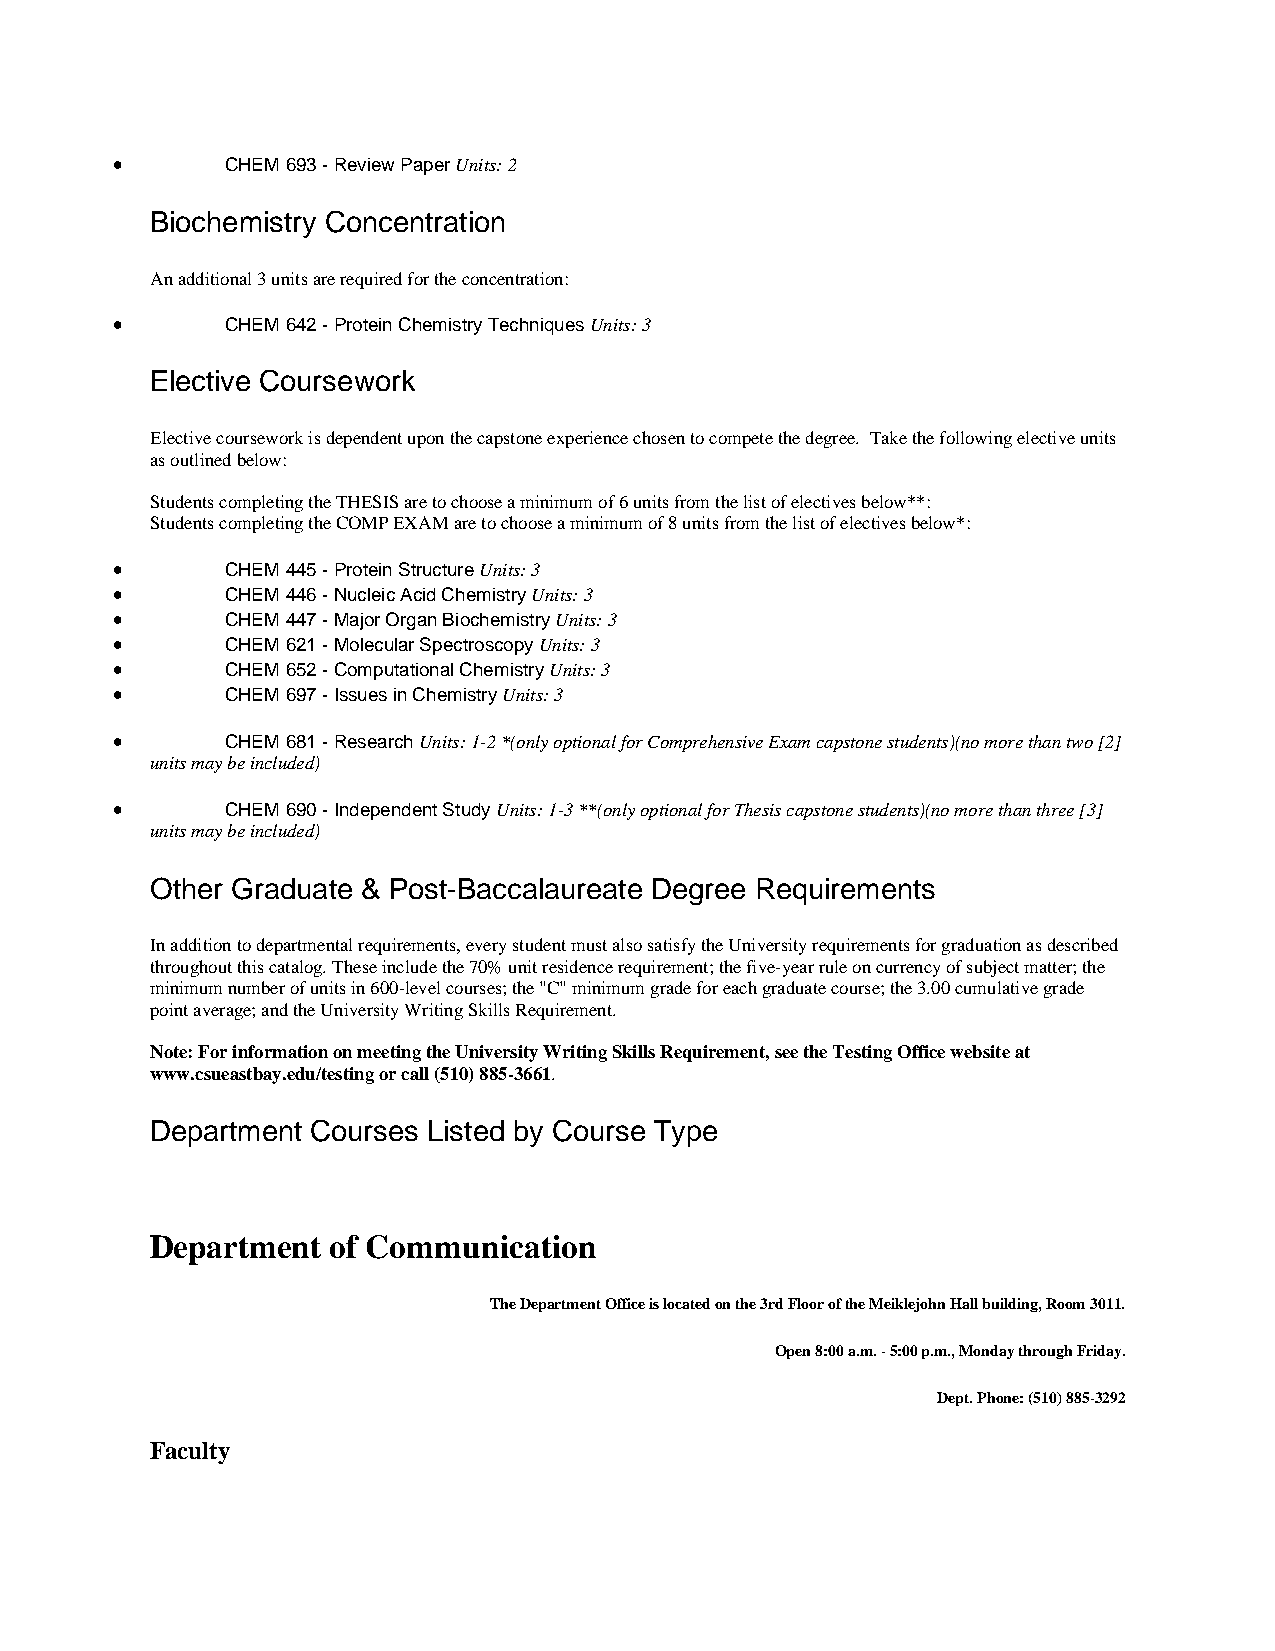
•       CHEM 693 - Review Paper Units: 2
 Biochemistry Concentration
 An additional 3 units are required for the concentration:
 •       CHEM 642 - Protein Chemistry Techniques Units: 3
 Elective Coursework
 Elective coursework is dependent upon the capstone experience chosen to compete the degree. Take the following elective units
 as outlined below:
 Students completing the THESIS are to choose a minimum of 6 units from the list of electives below**:
 Students completing the COMP EXAM are to choose a minimum of 8 units from the list of electives below*:
 •       CHEM 445 - Protein Structure Units: 3
 •       CHEM 446 - Nucleic Acid Chemistry Units: 3
 •       CHEM 447 - Major Organ Biochemistry Units: 3
 •       CHEM 621 - Molecular Spectroscopy Units: 3
 •       CHEM 652 - Computational Chemistry Units: 3
 •       CHEM 697 - Issues in Chemistry Units: 3
 •       CHEM 681 - Research Units: 1-2 *(only optional for Comprehensive Exam capstone students)(no more than two [2]
 units may be included)
 •       CHEM 690 - Independent Study Units: 1-3 **(only optional for Thesis capstone students)(no more than three [3]
 units may be included)
 Other Graduate & Post-Baccalaureate Degree Requirements
 In addition to departmental requirements, every student must also satisfy the University requirements for graduation as described
 throughout this catalog. These include the 70% unit residence requirement; the five-year rule on currency of subject matter; the
 minimum number of units in 600-level courses; the "C" minimum grade for each graduate course; the 3.00 cumulative grade
 point average; and the University Writing Skills Requirement.
 Note: For information on meeting the University Writing Skills Requirement, see the Testing Office website at
 www.csueastbay.edu/testing or call (510) 885-3661.
 Department Courses Listed by Course Type
 Department  of Communication
 The Department Office is located on the 3rd Floor of the Meiklejohn Hall building, Room 3011.
 Open 8:00 a.m. - 5:00 p.m., Monday through Friday.
 Dept. Phone: (510) 885-3292
 Faculty